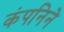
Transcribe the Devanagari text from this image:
कंपनिने